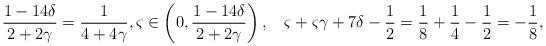
LaTeX: \begin{align*}\small\frac{1-14\delta}{2+2\gamma}=\frac{1}{4+4\gamma}, \varsigma\in \left(0,\frac{1-14\delta}{2+2\gamma}\right),\quad\varsigma+\varsigma\gamma +7\delta-\frac12= \frac{1}{8}+\frac{1}{4}-\frac12=-\frac{1}{8},\end{align*}